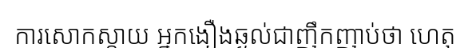
ការសោកស្តាយ អ្នកងឿងឆ្ងល់ជាញឹកញាប់ថា ហេតុ